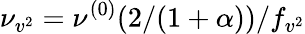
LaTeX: \nu_{v^{2}}=\nu^{(0)}(2/(1+\alpha))/f_{v^{2}}